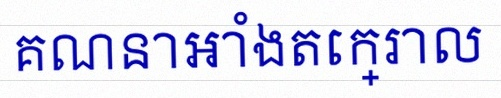
គណនាអាំងតេក្រាល